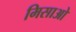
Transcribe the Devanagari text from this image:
मिसाओ